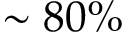
\sim 8 0 \%